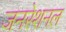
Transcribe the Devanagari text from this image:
जनरेशनल